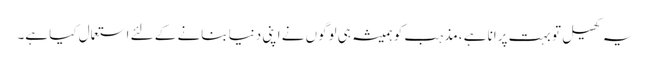
یہ کھیل تو بہت پرانا ہے ،مذہب کو ہمیشہ ہی لوگوں نے اپنی دنیا بنانے کے لئے استعمال کیا ہے۔